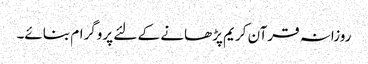
روزانہ قرآن کریم پڑھانے کے لئے پروگرام بنائے۔